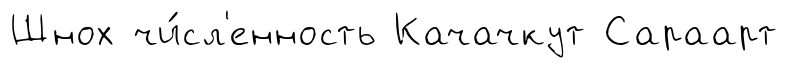
Шнох чи́сл'енность Качачкут Сараарт